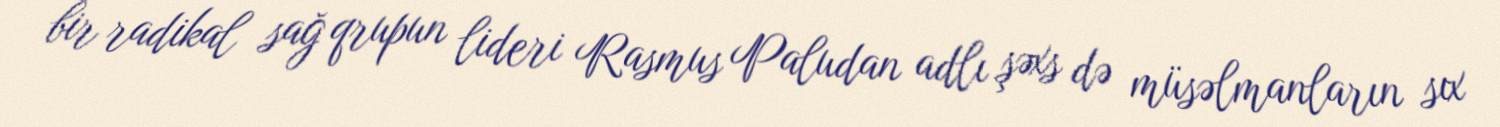
bir radikal sağ qrupun lideri Rasmus Paludan adlı şəxs də müsəlmanların sıx